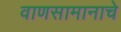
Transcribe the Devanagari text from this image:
वाणसामानाचे